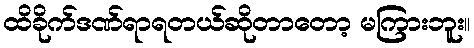
ထိခိုက်ဒဏ်ရာရတယ်ဆိုတာတော့ မကြားဘူး။